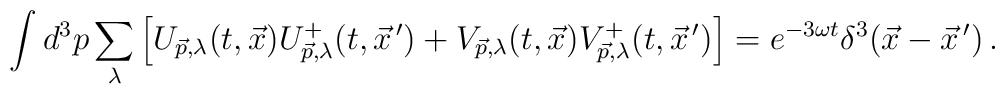
\int d^3 p \sum_{\lambda}\left[U_{\vec{p},\lambda}(t,\vec{x})U^{+}_{\vec{p},\lambda}(t,\vec{x}^{\,\prime})+V_{\vec{p},\lambda}(t,\vec{x})V^{+}_{\vec{p},\lambda}(t,\vec{x}^{\,\prime})\right]=e^{-3\omega t}\delta^3 (\vec{x}-\vec{x}^{\,\prime})\,.